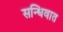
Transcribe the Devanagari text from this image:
सन्धिवात